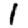
Digit: 1